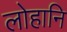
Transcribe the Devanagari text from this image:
लोहानि